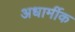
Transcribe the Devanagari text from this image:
अधार्मीक